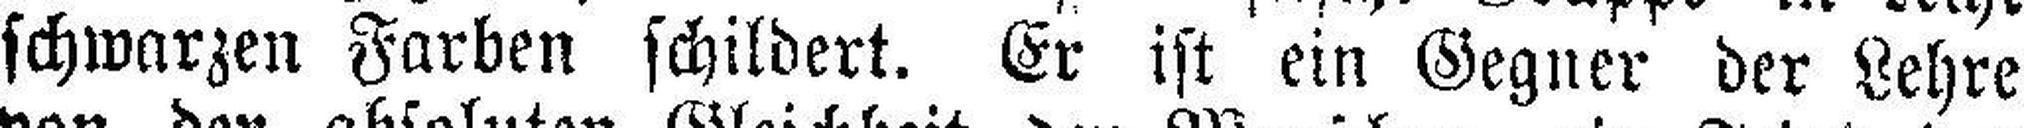
schwarzen Farben schildert. Er ist ein Gegner der Lehre